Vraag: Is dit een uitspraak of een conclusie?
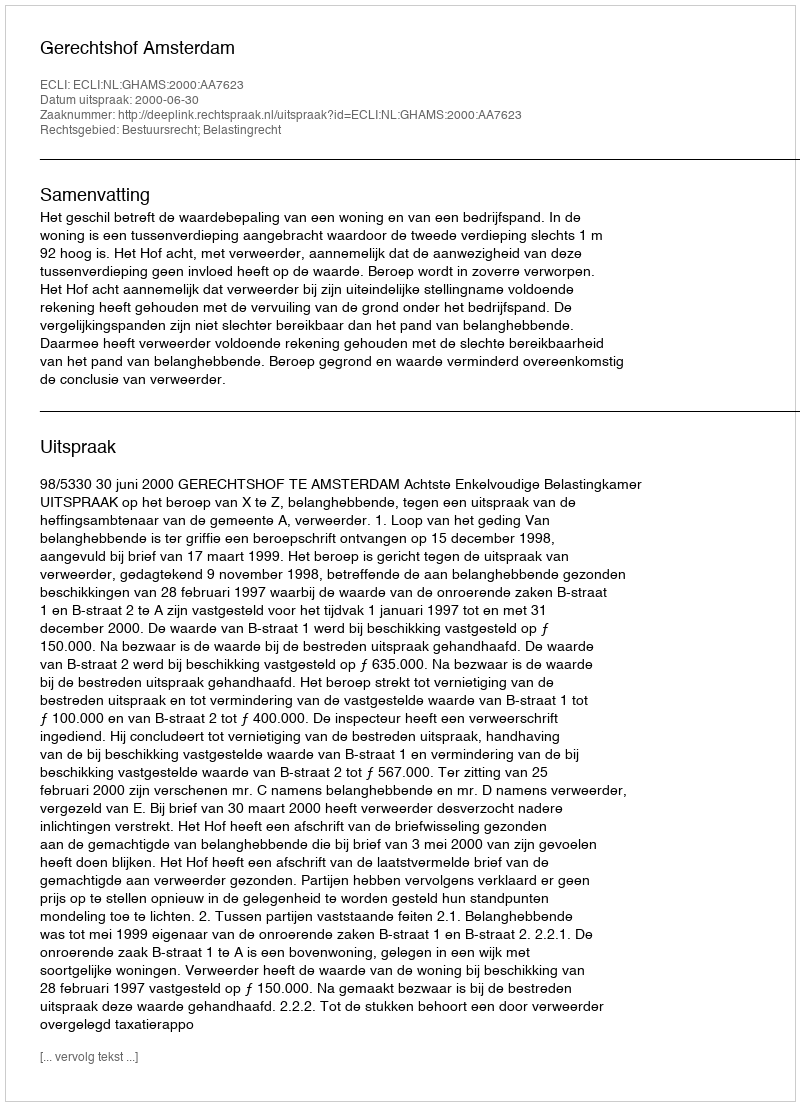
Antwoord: Uitspraak